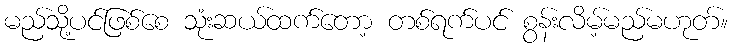
မည်သို့ပင်ဖြစ်စေ သုံးဆယ်ထက်တော့ တစ်ရက်ပင် စွန်းလိမ့်မည်မဟုတ်။